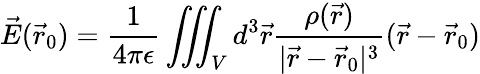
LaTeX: \vec{E}(\vec{r}_{0})=\frac{1}{4\pi\epsilon}\iiint_{V}d^{3}\vec{r}\frac{\rho(\vec{r})}{|\vec{r}-\vec{r}_{0}|^{3}}(\vec{r}-\vec{r}_{0})